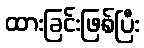
ထားခြင်းဖြစ်ပြီး